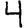
Digit: 4